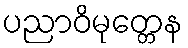
ပညာဝိမုတ္တေန